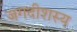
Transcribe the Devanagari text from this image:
जगदीशस्य